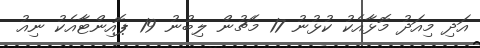
އަދި މިއަދު މޮޅާއެކު ކުޅުނު 17 މެޗުން ލިބުނު 19 ޕޮއިންޓާއެކު ނިއު